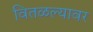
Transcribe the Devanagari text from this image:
वितळल्यावर